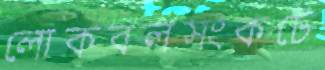
লোকবলসংকটে